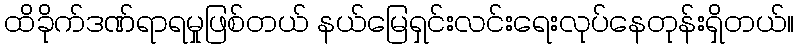
ထိခိုက်ဒဏ်ရာရမှုဖြစ်တယ် နယ်မြေရှင်းလင်းရေးလုပ်နေတုန်းရှိတယ်။